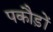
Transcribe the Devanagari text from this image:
पकौड़ों